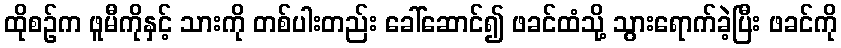
ထိုစဉ်က ဖူမီကိုနှင့် သားကို တစ်ပါးတည်း ခေါ်ဆောင်၍ ဖခင်ထံသို့ သွားရောက်ခဲ့ပြီး ဖခင်ကို